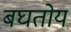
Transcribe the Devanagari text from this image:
बघतोय